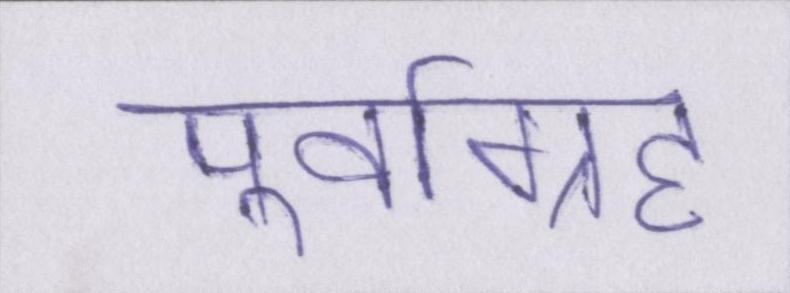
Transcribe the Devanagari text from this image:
पूर्वाग्रह